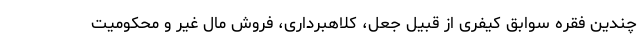
چندین فقره سوابق کیفری از قبیل جعل، کلاهبرداری، فروش مال غیر و محکومیت